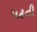
પઢતી